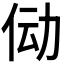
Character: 𫢙